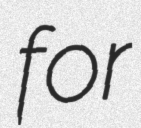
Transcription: for